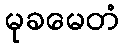
မုခမေတံ